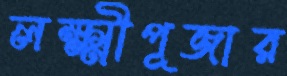
লক্ষ্মীপূজার